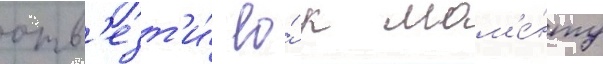
отв'езт'и́ ео́ к мом'е́нту